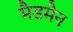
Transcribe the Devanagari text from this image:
मैडमैन